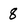
Character: 8